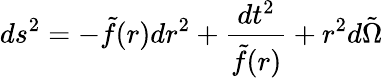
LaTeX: ds^{2}=-\tilde{f}(r)dr^{2}+\frac{dt^{2}}{\tilde{f}(r)}+r^{2}d\tilde{\Omega}